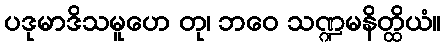
ပဒုမာဒိသမူဟေ တု၊ ဘဝေ သဏ္ဍမနိတ္ထိယံ။